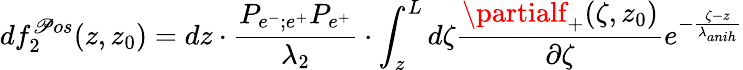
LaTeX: df_{2}^{\mathscr{P}os}(z,z_{0})=dz\cdot\frac{{P_{e^{-};e^{+}}P_{e^{+}}}}{{\lambda_{2}}}\cdot\int_{z}^{L}d\zeta\frac{{\partialf_{+}(\zeta,z_{0})}}{{\partial\zeta}}e^{-\frac{{\zeta-z}}{{\lambda_{anih}}}}